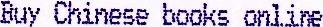
BUY CHINESE BOOKS ONLINE